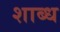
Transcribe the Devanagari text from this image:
शाब्ध